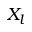
X _ { l }